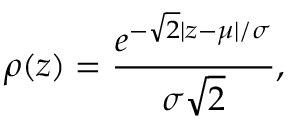
\rho ( z ) = \frac { e ^ { - \sqrt { 2 } | z - \mu | / \sigma } } { \sigma \sqrt { 2 } } ,